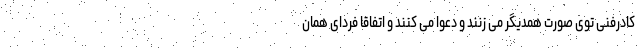
کادرفنی توی صورت همدیگر می زنند و دعوا می کنند و اتفاقا فردای همان